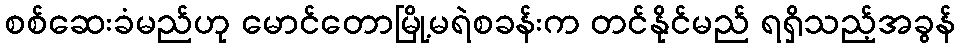
စစ်ဆေးခံမည်ဟု မောင်တောမြို့မရဲစခန်းက တင်နိုင်မည် ရရှိသည့်အခွန်